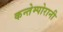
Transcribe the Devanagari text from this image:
कन्तेम्पोरानी